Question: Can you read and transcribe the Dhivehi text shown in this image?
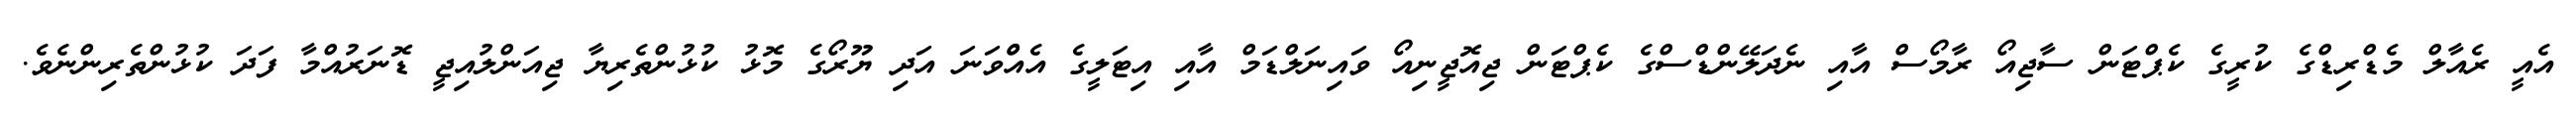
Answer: އެއީ ރެއާލް މެޑްރިޑްގެ ކުރީގެ ކެޕްޓަން ސާޖިއޯ ރާމޯސް އާއި ނެދަލޭންޑްސްގެ ކެޕްޓަން ޖިއޮޖީނިއޯ ވައިނަލްޑަމް އާއި އިޓަލީގެ އެއްްވަނަ އަދި ޔޫރޯގެ މޮޅު ކުޅުންތެރިޔާ ޖިއަންލުއިޖީ ޑޮނަރުއްމާ ފަދަ ކުޅުންތެރިންނެވެ.